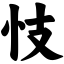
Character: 忮